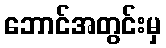
ဘောင်အတွင်းမှ